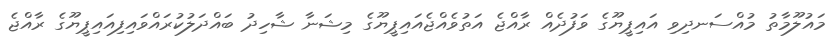
މައުލޫމާތު މުއްސަނދިވި އައިޕީޔޫގެ ވަފުދެއް ރާއްޖެ އަތުވެއްޖެއައިޕީޔޫގެ މިޝަނާ ޝާހިދު ބައްދަލުކުރައްވައިފިއައިޕީޔޫގެ ރާއްޖެ